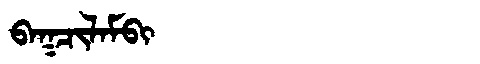
Manchu: ᠪᠠᡴᠴᡳᠯᠠᠮᠪᡳ
Romanization: BAKCILAMBI